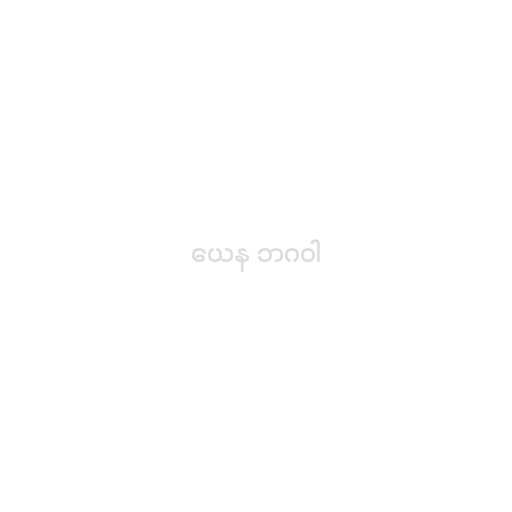
ယေန ဘဂဝါ